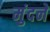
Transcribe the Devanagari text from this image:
मुंदने